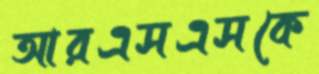
আরএসএসকে